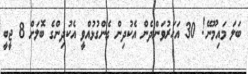
ބަލަ މައިމޫނޭ! 30 އަހަރުވަންދެން އެކުދިން ގެންގުޅުއްވީ އެކުދިންގެ ބޮލަށް 8 ޖީބީ